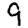
Digit: 9